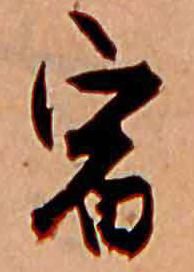
宿